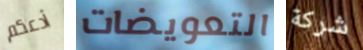
أدعكم التعويضات شركة